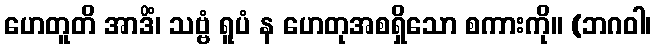
ဟေတူတိ အာဒိံ၊ သဗ္ဗံ ရူပံ န ဟေတုအစရှိသော စကားကို။ (ဘဂဝါ၊